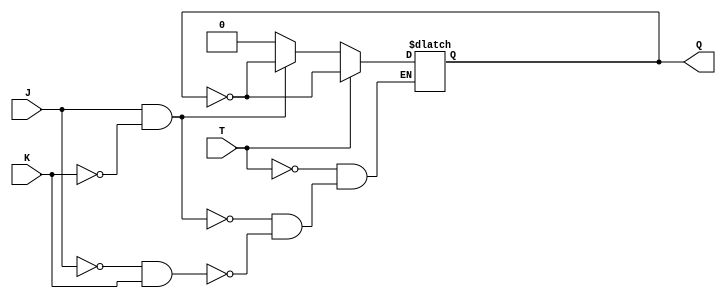
module tff_jk (
    input J,
    input K,
    input T,
    output reg Q
);

always @ (J, K, T)
begin
    if (T == 1) begin
        Q <= ~Q;
    end else begin
        if (J == 1 && K == 0) begin
            Q <= ~Q;
        end else if (J == 0 && K == 1) begin
            Q <= 0;
        end else begin
            Q <= Q;
        end
    end
end

endmodule